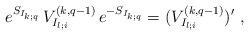
LaTeX: \begin{align*}e^{S_{I_{k;q}}}\,V^{(k,q-1)}_{I_{l;i}}\,e^{-S_{I_{k;q}}}=(V^{(k,q-1)}_{I_{l;i}})'\,\,,\end{align*}